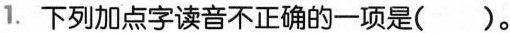
1.下列加点字读音不正确的一项是( )。